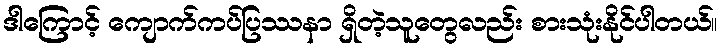
ဒါကြောင့် ကျောက်ကပ်ပြဿနာ ရှိတဲ့သူတွေလည်း စားသုံးနိုင်ပါတယ်။